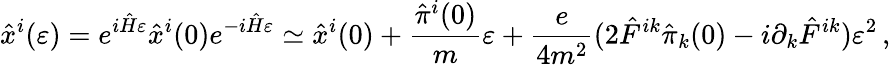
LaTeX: {\hat{x}}^{i}(\varepsilon)=e^{i{\hat{H}}\varepsilon}{\hat{x}}^{i}(0)e^{-i{\hat{H}}\varepsilon}\simeq{\hat{x}}^{i}(0)+{\frac{{\hat{\pi}}^{i}(0)}{m}}\varepsilon+{\frac{e}{4m^{2}}}(2{\hat{F}}^{ik}{\hat{\pi}}_{k}(0)-i\partial_{k}{\hat{F}}^{ik})\varepsilon^{2}\, ,